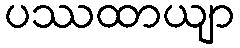
ပဿထာယျာ